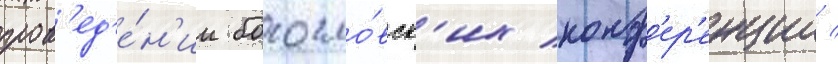
пров'ед'е́н'ии богосло́вск'их конф'ер'енции /